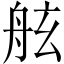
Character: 舷